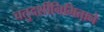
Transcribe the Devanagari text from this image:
चतुदर्शीनिमित्ताने